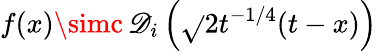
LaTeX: f(x)\simc\, \mathscr{D}_{i}\left(\sqrt{}{{2}}t^{-1/4}(t-x)\right)